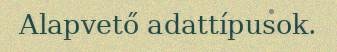
Alapvető adattípusok.